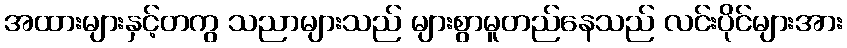
အထားများနှင့်တကွ သညာများသည် များစွာမူတည်နေသည် လင်းပိုင်များအား